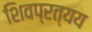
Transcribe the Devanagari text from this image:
शिवप्रत्यय